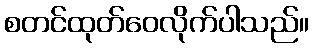
စတင်ထုတ်ဝေလိုက်ပါသည်။